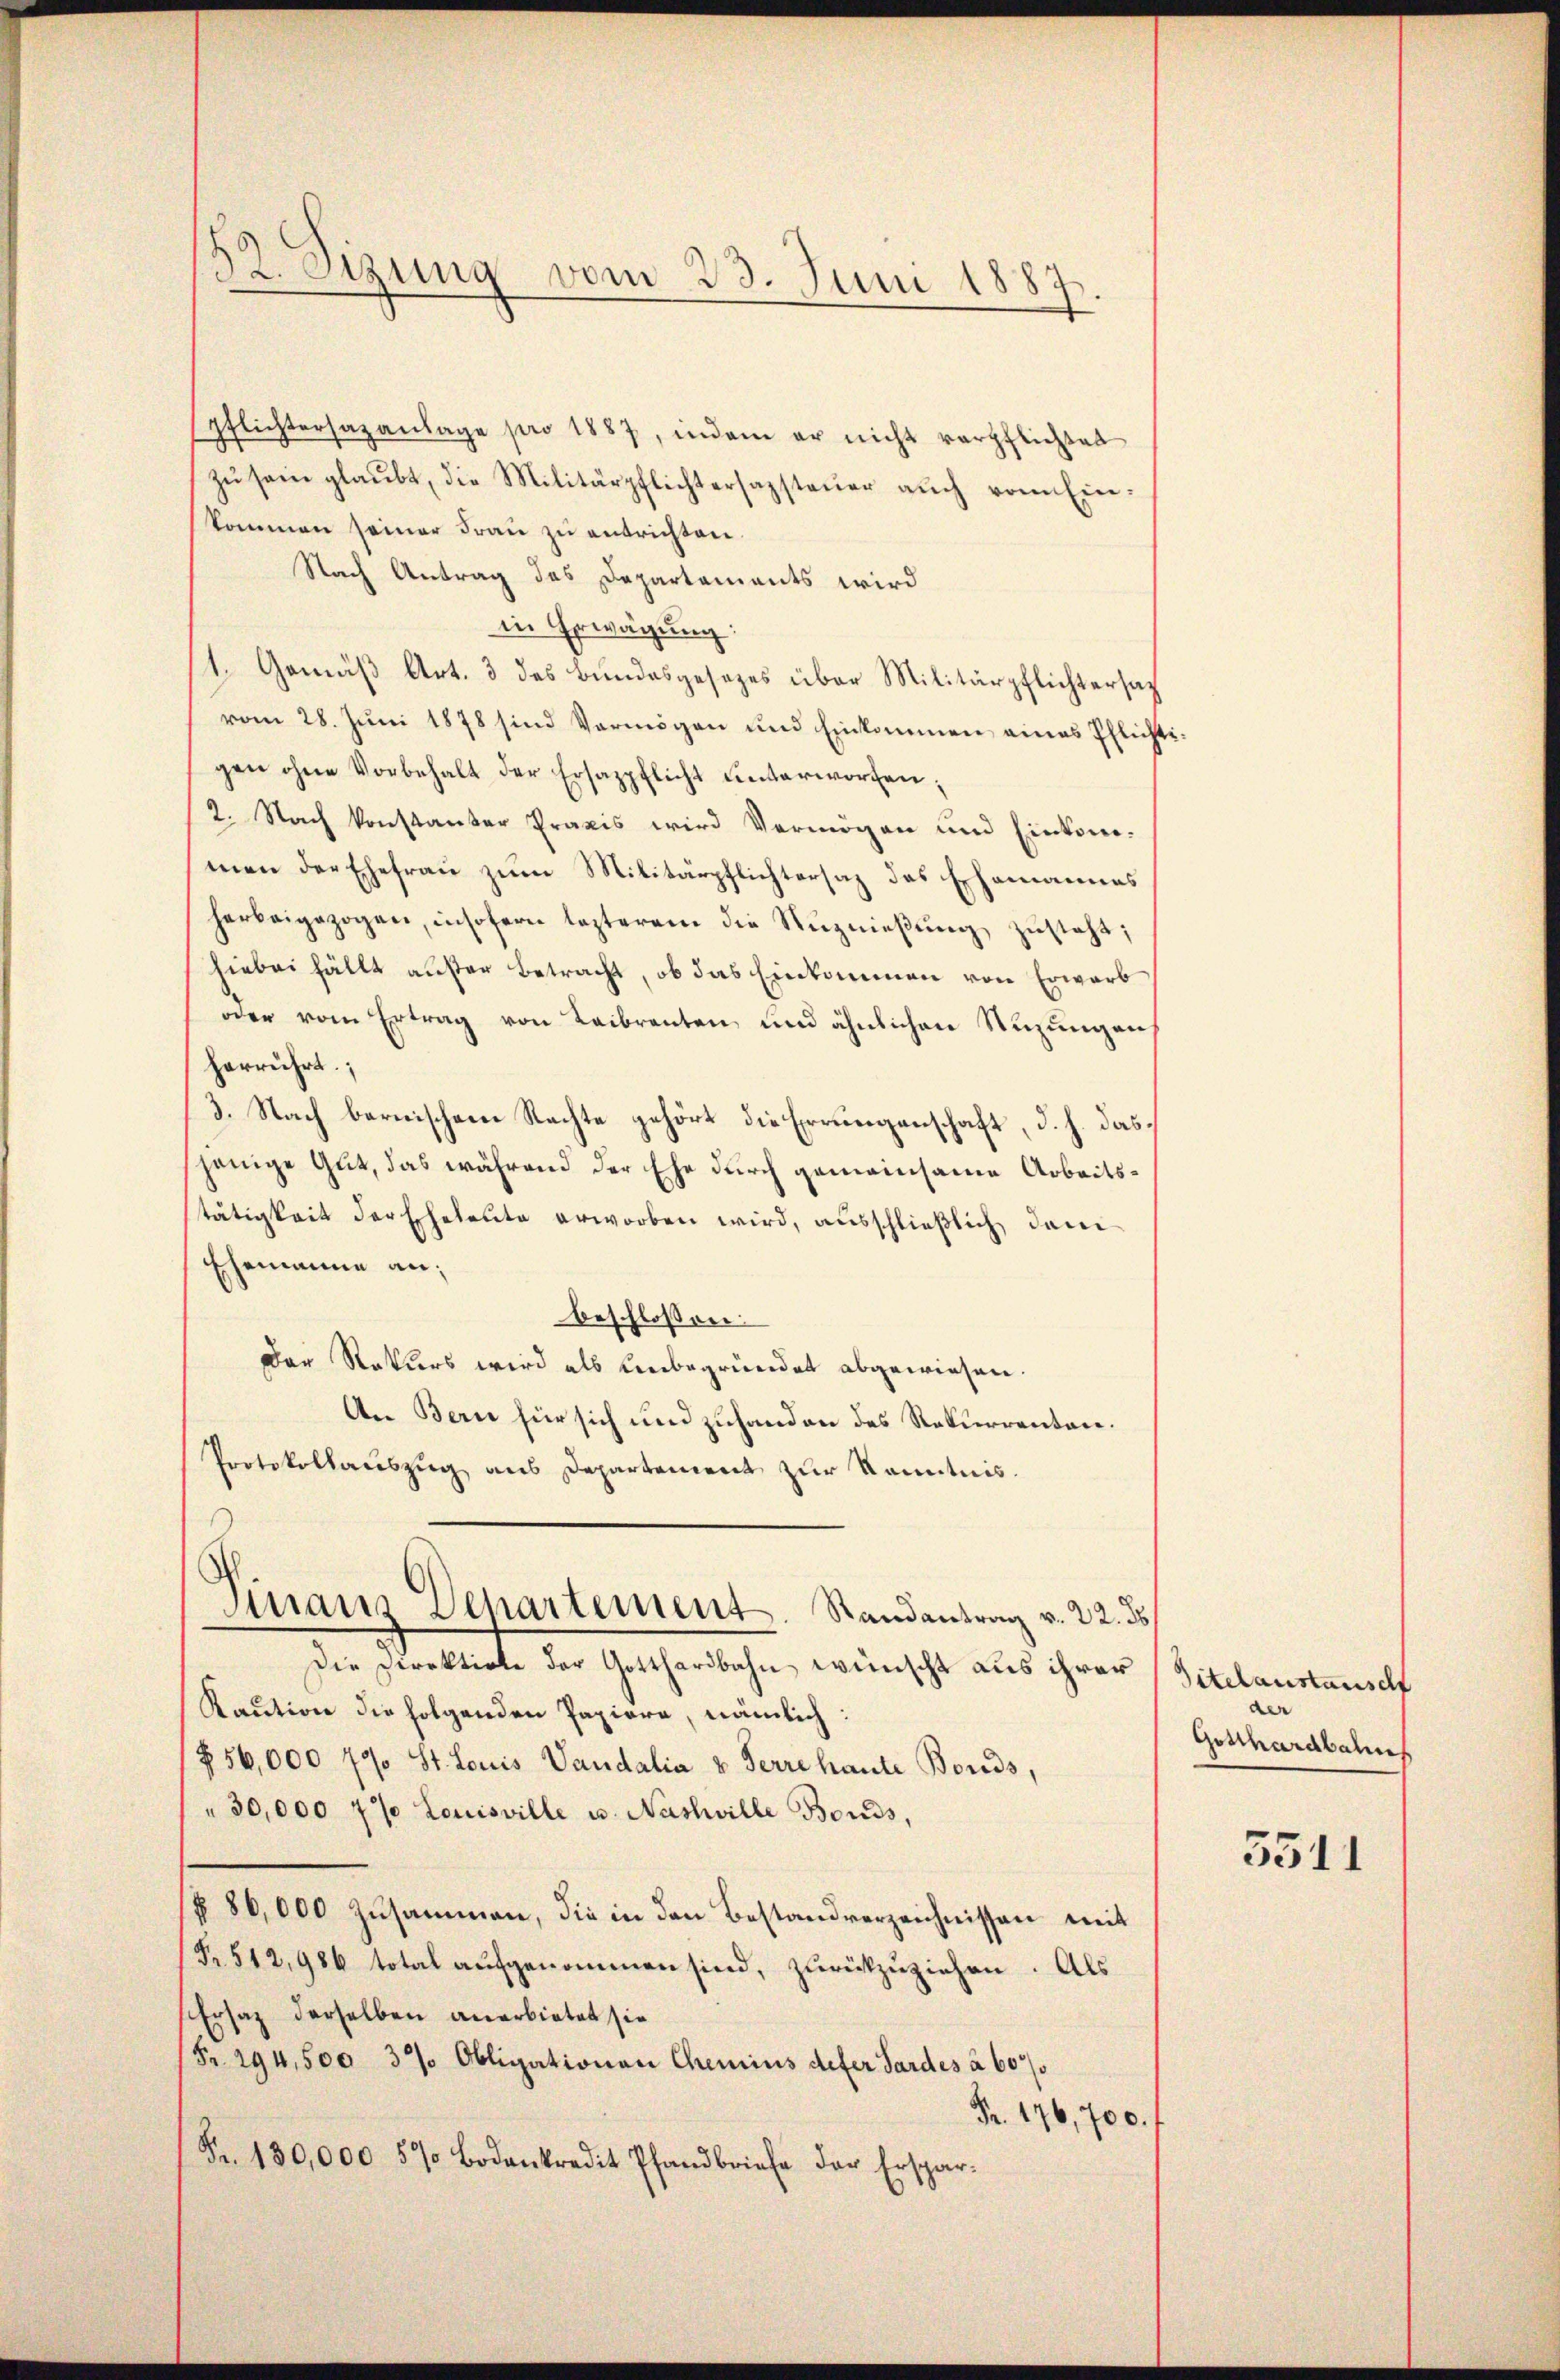
pflichtersazanlage pro 1887, indem er nicht verpflichtet
zŭ sein glaubt, die Militärpflichtersazsteŭer auch vom Einkommen seiner Frau zu entrichten.
Nach Antrag das Departaments wird
in Erwägung:
1. Gemäß Art. 3 des Bundesgesezes über Militärpflichtersat
vom 28. Juni 1878 sind Vermögen und Einkommen eines Pflichtigen ohne Vorbehalt der Ersazpflicht unterworfen;
2. Nach konstanter Praxis wird Vermögen und Einkommen der Ehefrau zum Militärpflichtersaz des Ehemannes
herbeigezogen, insofern lezterem die Nŭznieβŭng zŭsteht;
hiebei fällt auser Betracht, ob das Einkommen von Erwarb
oder vom Ertrag von Leibrenten und ähnlichen Suzungen
herrührt;
3. Nach bernischen Rachte gehört die Errungenschaft, d. h. das
jenige Gut, das während der Ehe durch gemeinsame Arbeitstätigkeit der Eheleute erworben wird, ausschließlich dem
Ehemanne an;
beschlossen:
Der Rekurs wird als Leubegründet abgewiesen.
An Bern für sich und zuhanden des Rekurrenten.
Protokollauszug aus Departement zur Kenntnis.
Sinaus Departement. Randantrag v. 22. ds
Die Direktirte der Gotthardbahn wünscht aus ihrer Titelaustausch
Kaution die folgenden Papiere, nämlich:
856,000 790 St. Louis Vandalia u Ferre haute Boreds,
" 30,000 7% Louisville u. Nashville Bonds,
(§ 86,000 zusammen, die in den Bestandverzeichnissen mit
Fr. 512,986 total aufgenommen sind, zurückzuziehen. Als
Ersatz derselben anerbietet sie
(Fr. 294,500 3/ Obligationen Chemins defer Sardes à 607/
Fr. 176,700.
Fr. 180,000 57 Bodenkredit Pfandbriefe der Erspar¬

52. Sizung vom 23. Juni 1887.

der
Gotthardbahne

5511